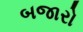
બજારો